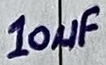
Text: 10µF